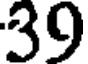
39